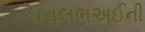
ધવલભઅઈની